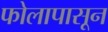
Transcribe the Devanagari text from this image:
फोलापासून